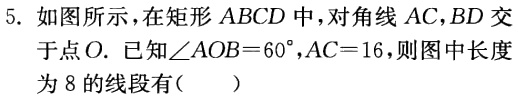
5. 如图所示，在矩形 \(ABCD\) 中，对角线 \(AC,BD\) 交于点 \(O\). 已知\(\angle AOB = 60^{\circ},AC = 16\)，则图中长度为 \(8\) 的线段有（  ）